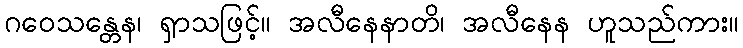
ဂဝေသန္တေန၊ ရှာသဖြင့်။ အလီနေနာတိ၊ အလီနေန ဟူသည်ကား။